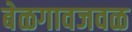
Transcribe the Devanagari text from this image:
बेळगावजवळ